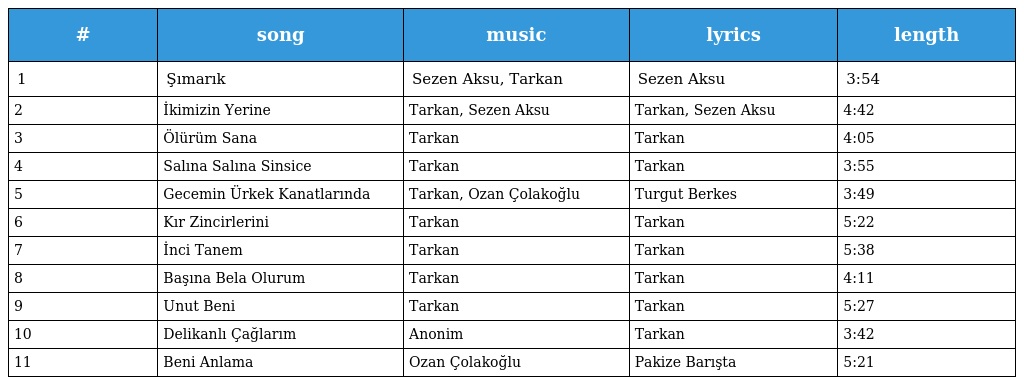
| # | song | music | lyrics | length |
 | --- | --- | --- | --- | --- |
 | 1 | Şımarık | Sezen Aksu, Tarkan | Sezen Aksu | 3:54 |
 | 2 | İkimizin Yerine | Tarkan, Sezen Aksu | Tarkan, Sezen Aksu | 4:42 |
 | 3 | Ölürüm Sana | Tarkan | Tarkan | 4:05 |
 | 4 | Salına Salına Sinsice | Tarkan | Tarkan | 3:55 |
 | 5 | Gecemin Ürkek Kanatlarında | Tarkan, Ozan Çolakoğlu | Turgut Berkes | 3:49 |
 | 6 | Kır Zincirlerini | Tarkan | Tarkan | 5:22 |
 | 7 | İnci Tanem | Tarkan | Tarkan | 5:38 |
 | 8 | Başına Bela Olurum | Tarkan | Tarkan | 4:11 |
 | 9 | Unut Beni | Tarkan | Tarkan | 5:27 |
 | 10 | Delikanlı Çağlarım | Anonim | Tarkan | 3:42 |
 | 11 | Beni Anlama | Ozan Çolakoğlu | Pakize Barışta | 5:21 |